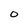
Character: o